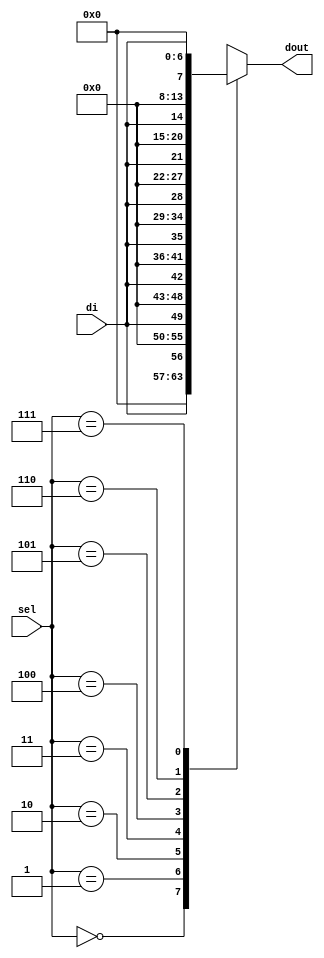
`timescale 1ns / 1ps
//////////////////////////////////////////////////////////////////////////////////
// Company: Faculty of Electronics, Telecommunications and Information Technology of Iasi
// 
// Design Name: 
// Module Name: DMUX8_8
// Project Name: 
// Target Devices: 
// Tool Versions: 
// Description: 
//
// Dependencies: 
// Additional Comments:
// 
//////////////////////////////////////////////////////////////////////////////////


module DMUX8_8(
	input di,
	input [2:0] sel,
	output reg [7:0] dout
	);
	
	always @ (di or sel) begin
		case(sel)
		3'b000: dout <= {7'b0,di};
		3'b001: dout <= {6'b0,di,1'b0};
		3'b010: dout <= {5'b0,di,2'b0};
		3'b011: dout <= {4'b0,di,3'b00};
		3'b100: dout <= {3'b0,di,4'b0};
		3'b101: dout <= {2'b0,di,5'b0};
		3'b110: dout <= {1'b0,di,6'b0};
		3'b111: dout <=	{di,7'b0};
		endcase
	end
endmodule